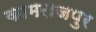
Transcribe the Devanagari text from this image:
कामराजपुर